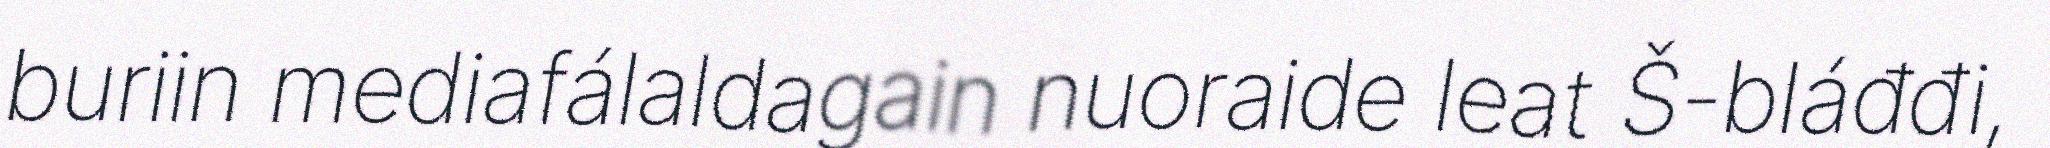
buriin mediafálaldagain nuoraide leat Š-bláđđi,